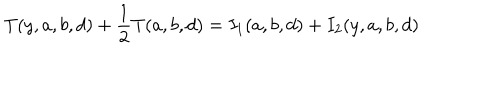
LaTeX: T ( y , a , b , d ) + \frac { 1 } { 2 } T ( a , b , d ) = I _ { 1 } ( a , b , d ) + I _ { 2 } ( y , a , b , d )